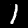
Label: 1